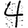
Digit: 4